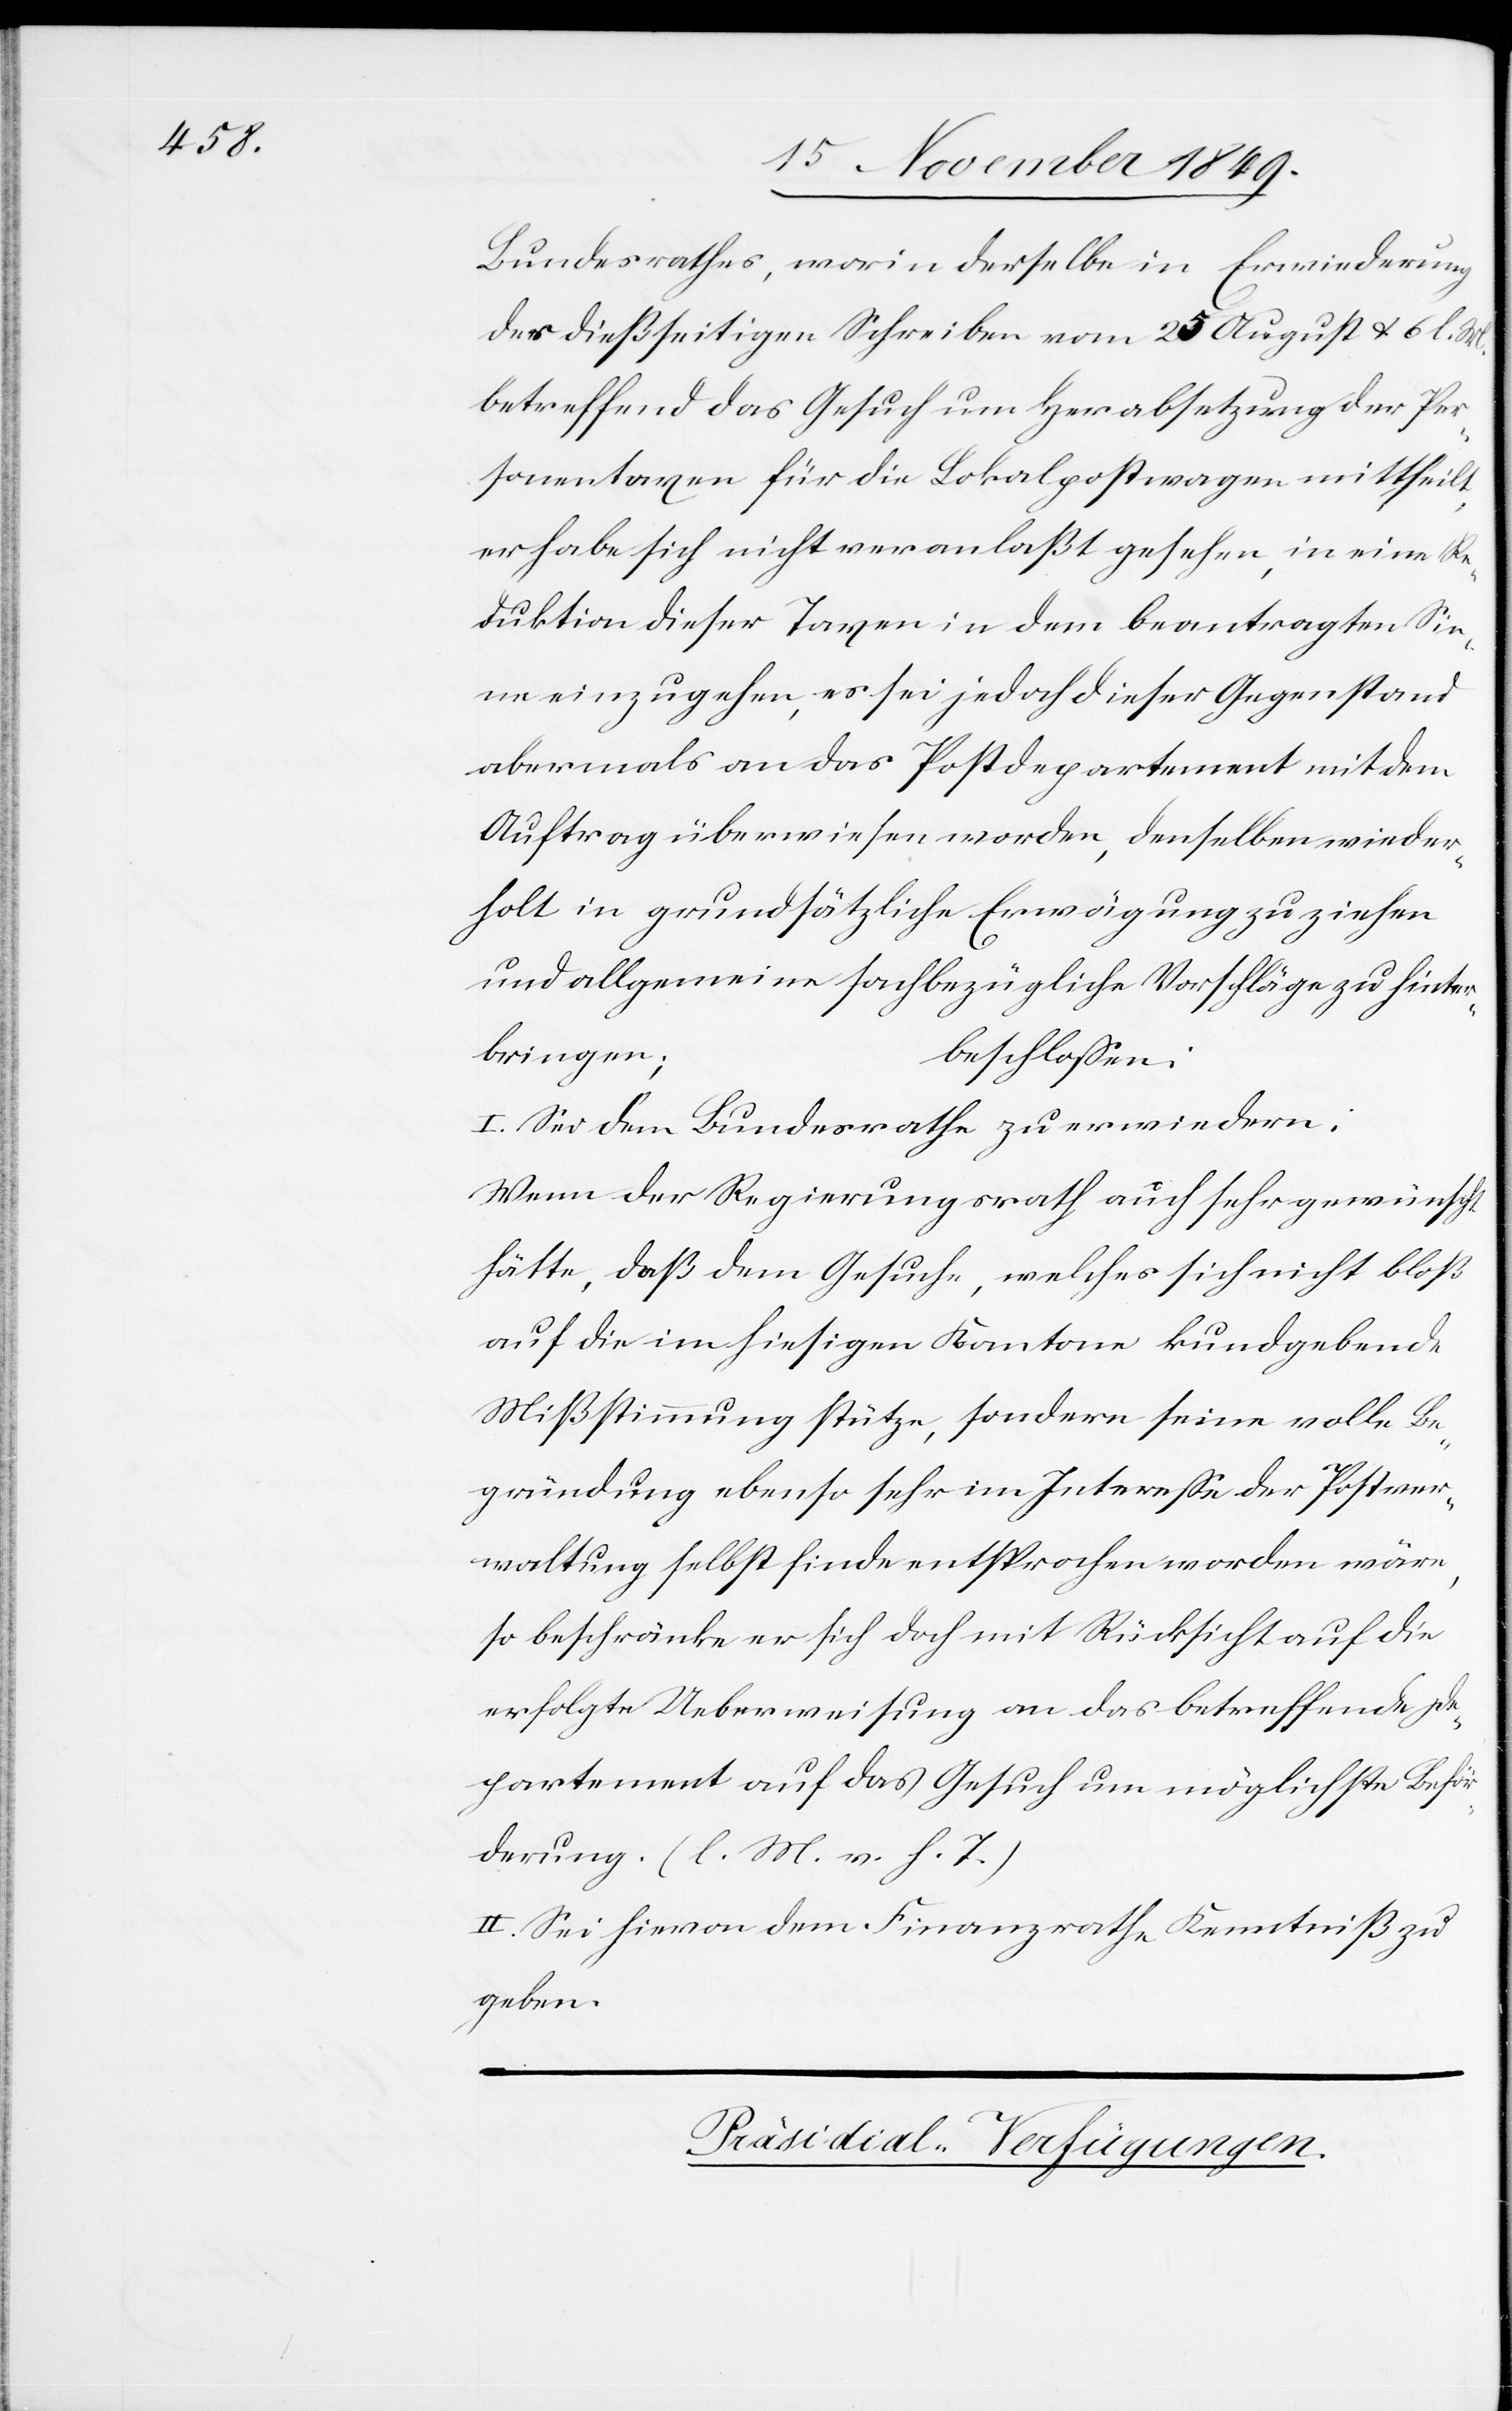
Bundesrathes, worin derselbe in Erwiederung
des dießseitigen Schreiben vom 25 August u. 6. l. M.
betreffend das Gesuch um Herabsetzung der Per¬
sonentaxen für die Lokalpostwagen mittheilt,
er habe sich nicht veranlaßt gesehen, in eine Re¬
duktion dieser Taxen in dem beantragten Sin¬
ne einzugehen, es sei jedoch dieser Gegenstand
abermals an das Postdepartement mit dem
Auftrag überwiesen worden, denselben wieder¬
holt in grundsätzliche Erwägung zu ziehen
und allgemeine sachbezügliche Vorschläge zu hinter¬
bringen;
beschloßen:
I. Sei dem Bundesrathe zu erwiedern:
Wenn der Regierungsrath auch sehr gewünscht
hätte, daß dem Gesuche, welches sich nicht bloß
auf die im hiesigen Kantone kundgebende
Mißstimmung stütze, sondern sein volle Be¬
gründung ebenso sehr im Intereße der Postver¬
waltung selbst finde entsprochen worden wäre,
so beschränke er sich doch mit Rücksicht auf die
erfolgte Ueberweisung an das betreffende De¬
partement auf das Gesuch um möglichste Beför¬
derung. [l. M. v. h. T]
II. Sei hievon dem Finanzrathe Kenntniß zu
geben.